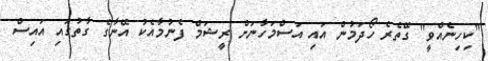
"ކިހިނެއްވީ" ގޭތެރެ ހޯދަމުން އައި އަސްމަހާނަށް ރީޝަމް ފެނުމާއެކު އޭނާގެ ގާތުގައި އައިސް